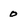
Character: 0